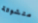
متشوقة